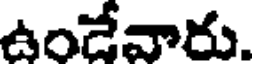
ఉండేవారు.